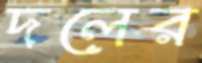
দলের